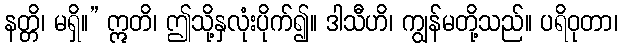
နတ္တိ၊ မရှိ။” ဣတိ၊ ဤသို့နှလုံးပိုက်၍။ ဒါသီဟိ၊ ကျွန်မတို့သည်။ ပရိဝုတာ၊